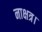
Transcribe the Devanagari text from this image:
नाक्षत्र।